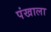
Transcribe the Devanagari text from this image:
पंखाला